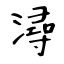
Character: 潯